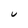
Character: u